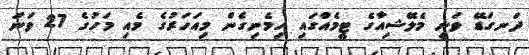
ދަނގަޑޭ ވަނީ މެލޭޝިއާގެ ޓީމެއްގައި ހިމެނިގެން މިއަހަރުގެ މެއި މަހުގެ 27 ވަނަ